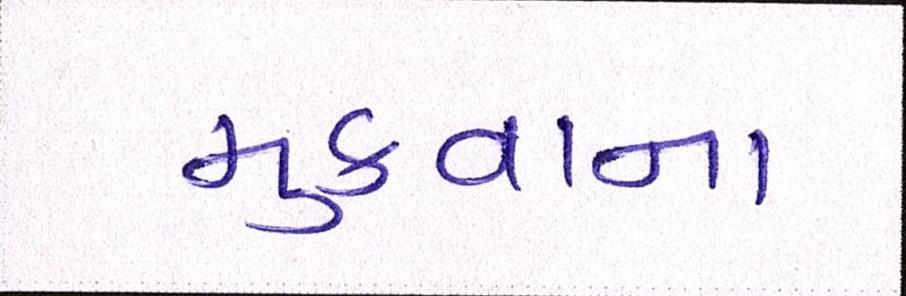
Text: મુકવાના